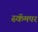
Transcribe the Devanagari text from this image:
स्कॅमपर